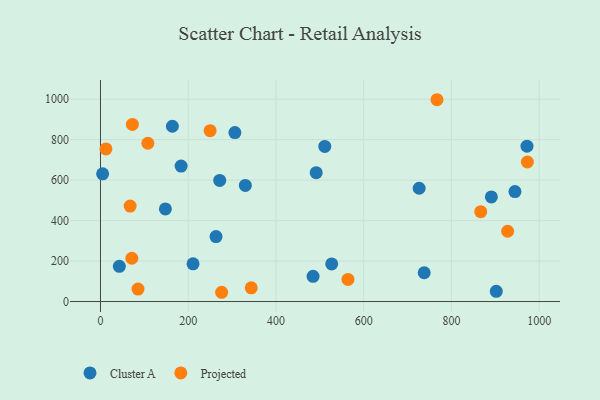
{"axis": {"x": "Distance", "y": "Salary"}, "legend": ["Cluster A", "Projected"], "data": [{"x": "891.0", "y": 516.9, "type": "Cluster A"}, {"x": "330.2", "y": 573.8, "type": "Cluster A"}, {"x": "183.8", "y": 669.4, "type": "Cluster A"}, {"x": "211.0", "y": 186.2, "type": "Cluster A"}, {"x": "263.4", "y": 320.9, "type": "Cluster A"}, {"x": "484.6", "y": 124.7, "type": "Cluster A"}, {"x": "271.8", "y": 598.3, "type": "Cluster A"}, {"x": "527.1", "y": 185.7, "type": "Cluster A"}, {"x": "737.9", "y": 142.4, "type": "Cluster A"}, {"x": "944.8", "y": 543.3, "type": "Cluster A"}, {"x": "491.7", "y": 636.9, "type": "Cluster A"}, {"x": "902.2", "y": 50.5, "type": "Cluster A"}, {"x": "163.9", "y": 866.3, "type": "Cluster A"}, {"x": "148.0", "y": 457.9, "type": "Cluster A"}, {"x": "43.0", "y": 174.0, "type": "Cluster A"}, {"x": "306.4", "y": 835.0, "type": "Cluster A"}, {"x": "726.4", "y": 559.8, "type": "Cluster A"}, {"x": "511.3", "y": 766.7, "type": "Cluster A"}, {"x": "4.9", "y": 631.2, "type": "Cluster A"}, {"x": "972.2", "y": 767.9, "type": "Cluster A"}, {"x": "85.6", "y": 61.8, "type": "Projected"}, {"x": "973.1", "y": 689.6, "type": "Projected"}, {"x": "276.2", "y": 45.8, "type": "Projected"}, {"x": "12.5", "y": 754.2, "type": "Projected"}, {"x": "564.1", "y": 109.2, "type": "Projected"}, {"x": "108.0", "y": 782.1, "type": "Projected"}, {"x": "928.1", "y": 347.4, "type": "Projected"}, {"x": "343.7", "y": 67.7, "type": "Projected"}, {"x": "71.5", "y": 213.9, "type": "Projected"}, {"x": "67.6", "y": 471.8, "type": "Projected"}, {"x": "249.9", "y": 844.6, "type": "Projected"}, {"x": "866.8", "y": 444.3, "type": "Projected"}, {"x": "767.1", "y": 997.3, "type": "Projected"}, {"x": "72.7", "y": 875.4, "type": "Projected"}]}